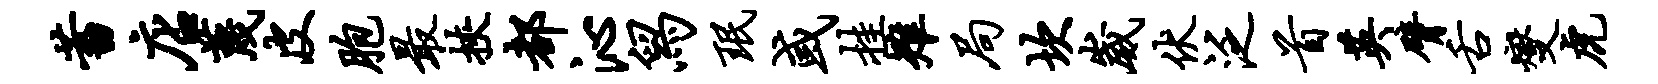
蓄店蔑皮胞最挟都沁舄珉或挂雉局坎崴伏泛首英臂舌燮虎